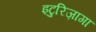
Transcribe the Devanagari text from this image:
इटुरिज़ागा